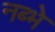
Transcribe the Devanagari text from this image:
नब्भे